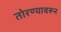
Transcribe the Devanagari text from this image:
तोरण्यावरून